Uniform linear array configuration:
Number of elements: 64
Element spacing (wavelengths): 0.25
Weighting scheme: blackman
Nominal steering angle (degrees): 15
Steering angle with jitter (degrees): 15.247
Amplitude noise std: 0.05
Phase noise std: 0.05

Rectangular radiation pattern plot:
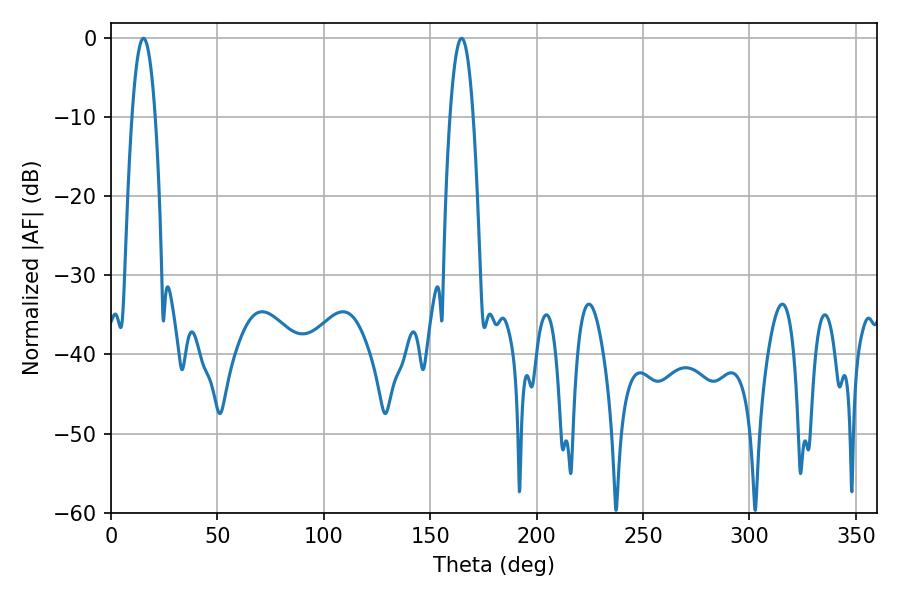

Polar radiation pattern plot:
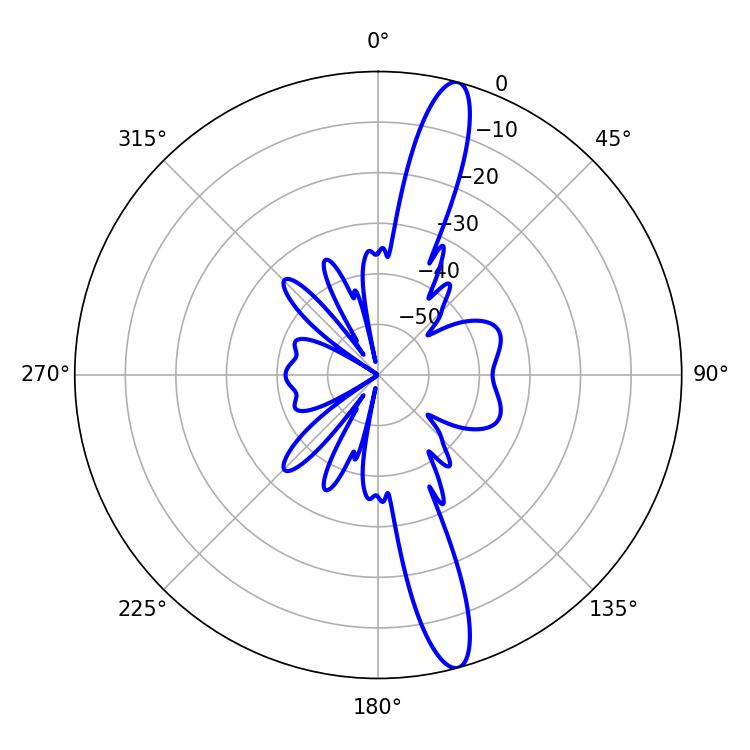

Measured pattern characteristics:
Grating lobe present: FALSE
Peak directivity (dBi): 15.244
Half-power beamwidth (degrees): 6.12
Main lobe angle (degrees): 15.3